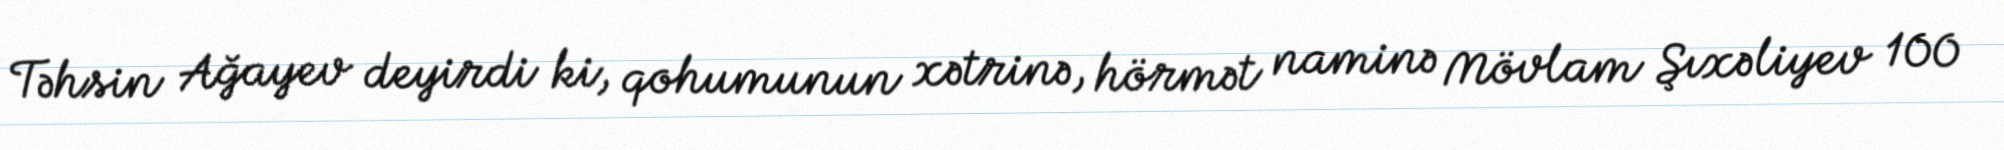
Təhsin Ağayev deyirdi ki, qohumunun xətrinə, hörmət naminə Mövlam Şıxəliyev 100